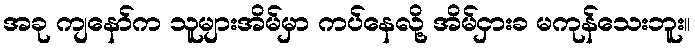
အခု ကျနော်က သူများအိမ်မှာ ကပ်နေလို့ အိမ်ငှားခ မကုန်သေးဘူး။